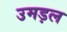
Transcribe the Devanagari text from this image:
उमड़ल